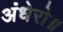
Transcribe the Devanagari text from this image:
अंधेरो॥